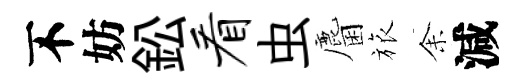
不妨鈆看虫麕旅𪜬減